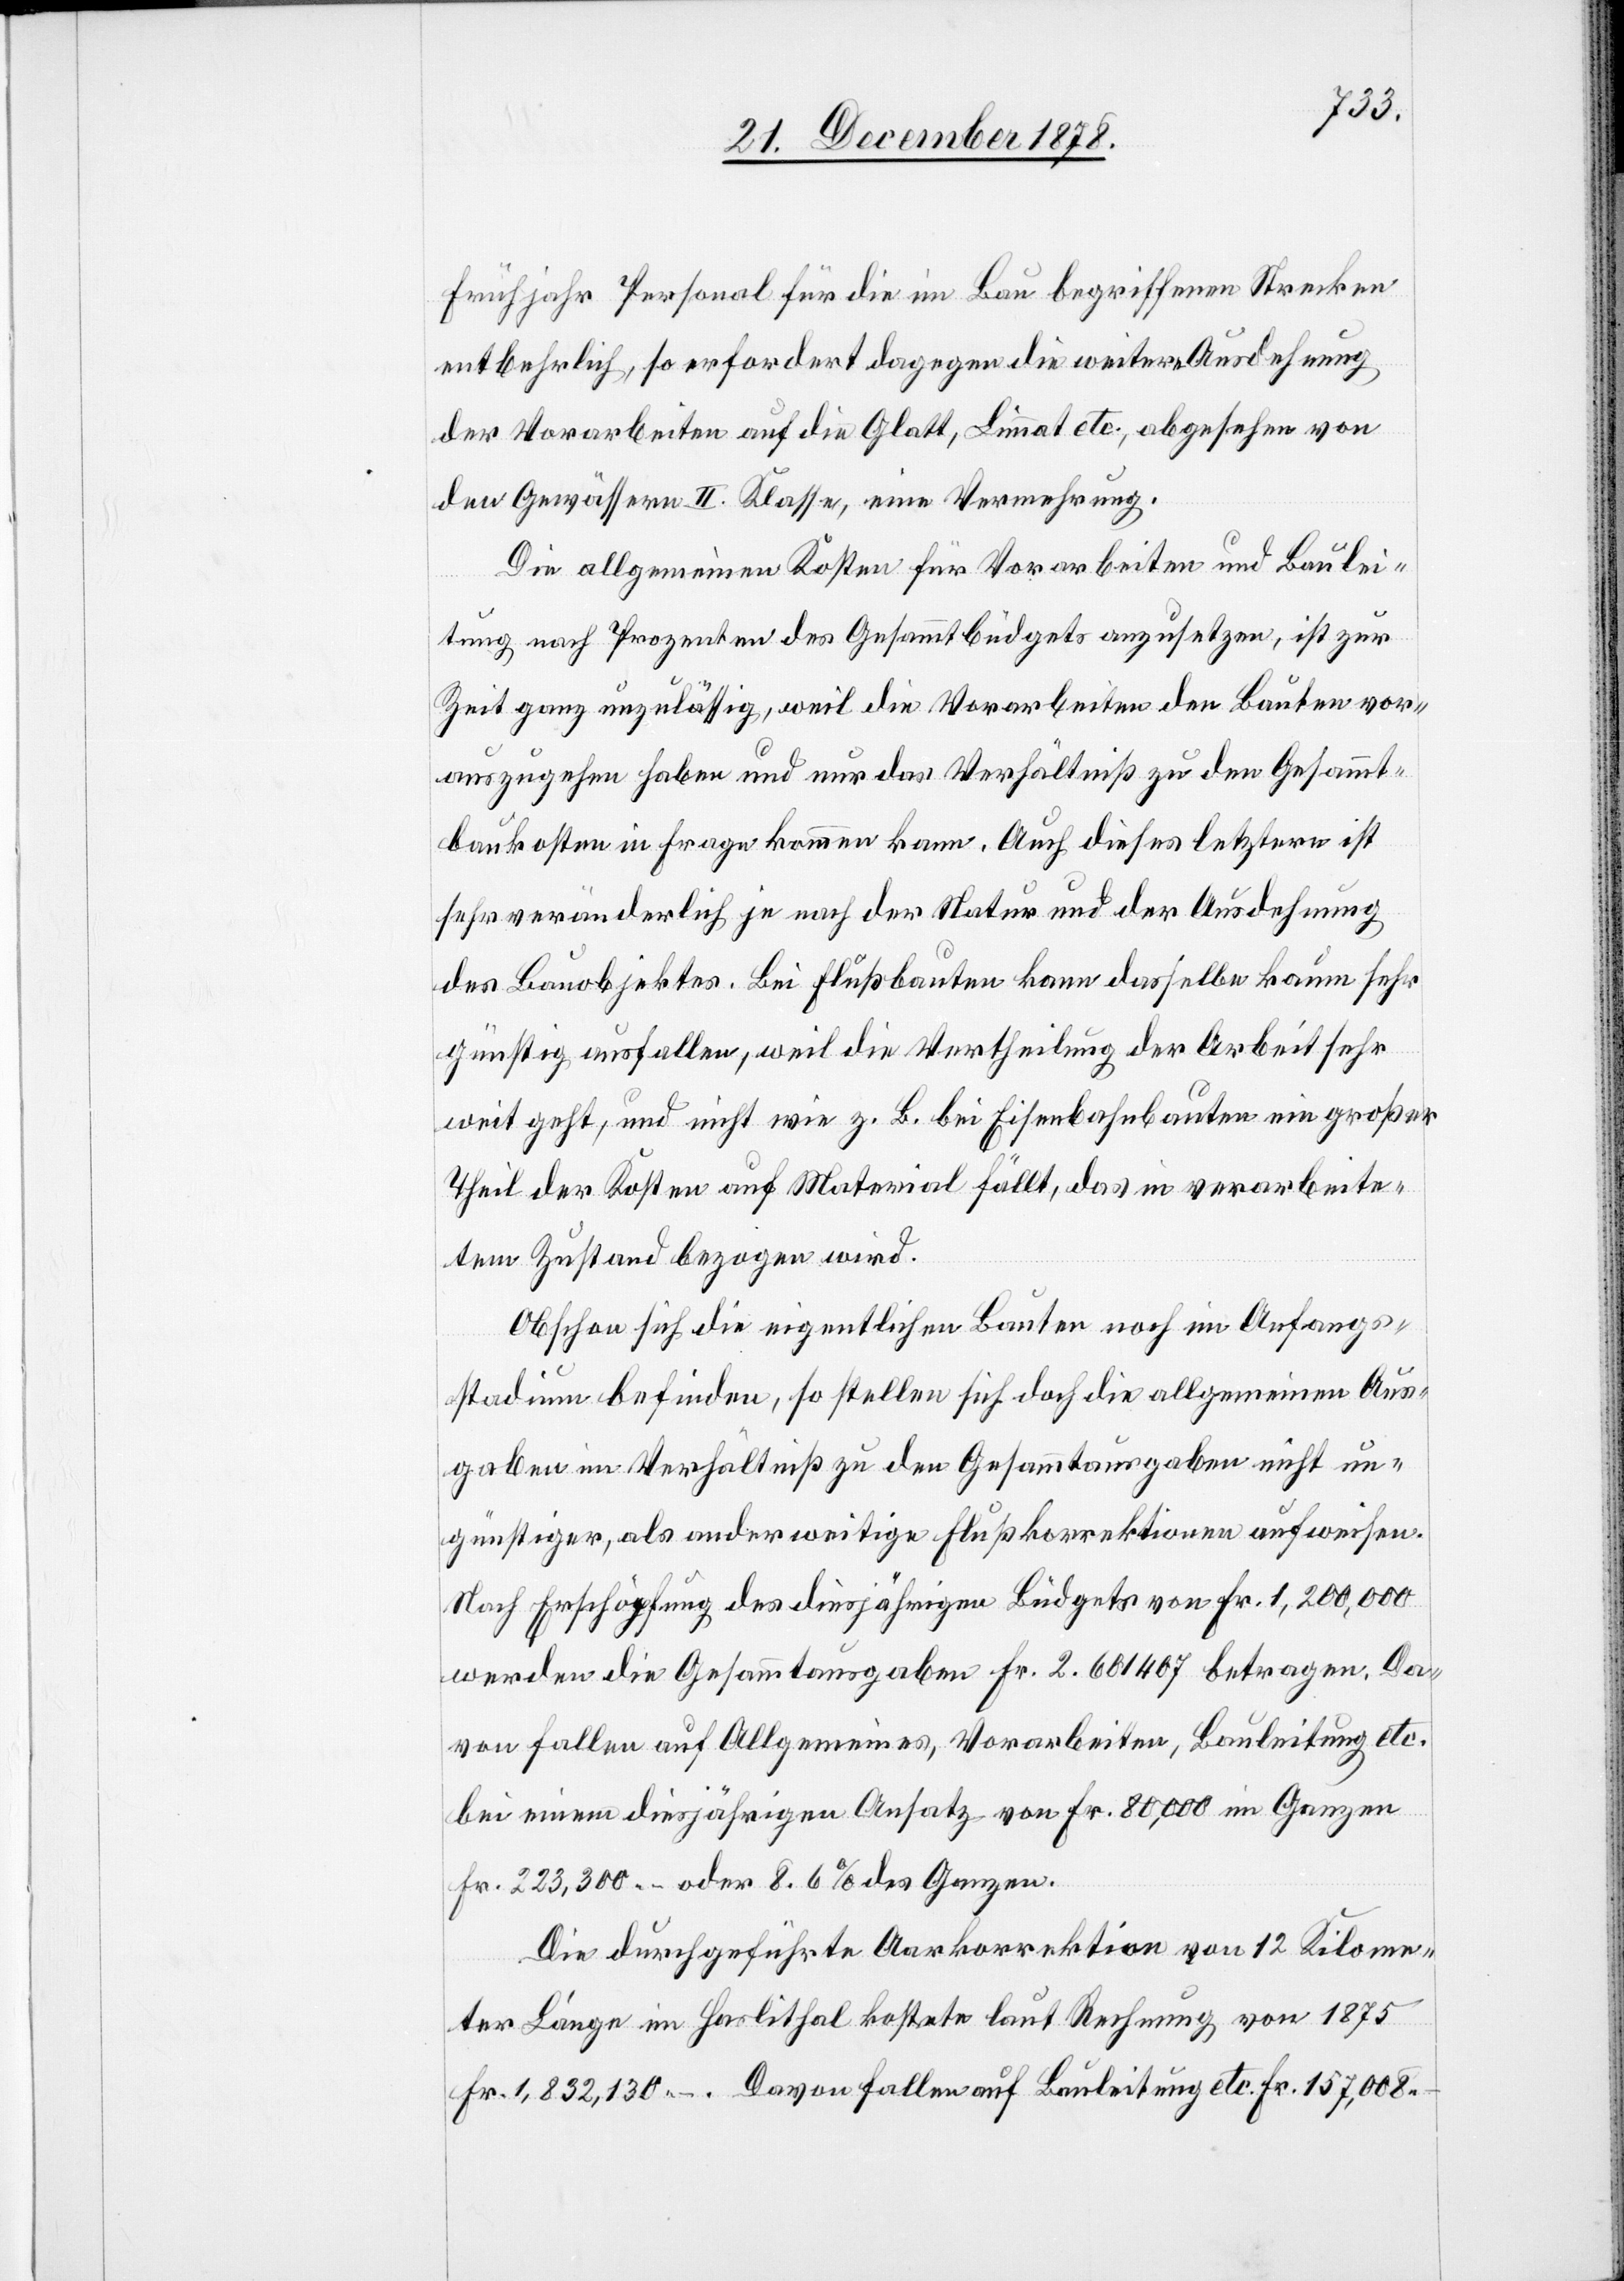
Frühjahr Personal für die im Bau begriffenen Strecken
entbehrlich, so erfordert dagegen die weitere Ausdehnung
der Vorarbeiten auf die Glatt, Limmat etc., abgesehen von
den Gewässern II. Klasse, eine Vermehrung.
Die allgemeinen Kosten für Vorarbeiten und Baulei¬
tung nach Prozenten des Gesammtbüdgets anzusetzen, ist zur
Zeit ganz unzulässig, weil die Vorarbeiten den Bauten vor¬
auszugehen haben und nur das Verhältniß zu den Gesammt¬
baukosten in Frage kommen kann. Auch dieses letztere ist
sehr veränderliche je nach der Natur und der Ausdehnung
des Bauobjektes. Bei Flußbauten kann dasselbe kaum sehr
günstig ausfallen, weil die Vertheilung der Arbeit sehr
weit geht, und nicht wie z. B. bei Eisenbahnbauten ein großer
Theil der Kosten auf Material fällt, das in verarbeite¬
tem Zustand bezogen wird.
Obschon sich die eigentlichen Bauten noch im Anfangs¬
stadium befinden, so stellen sich doch die allgemeinen Aus¬
gaben im Verhältniß zu den Gesammtausgaben nicht un¬
günstiger, als anderweitige Flußkorrektionen aufweisen.
Nach Erschöpfung des diesjährigen Büdgets von Fr. 1,200,000
werden die Gesammtausgaben Fr. 2,601407 betragen. Da¬
von fallen auf Allgemeines, Vorarbeiten, Bauleitung etc.
bei einem diesjährigen Ansatz von Fr. 80,000 im Ganzen
Fr. 223,300.– oder 8.6% des Ganzen.
Die durchgeführte Aarkorrektion von 12 Kilome¬
ter Länge im Haslithal kostete laut Rechnung von 1875
Fr. 1,832,130.–. Davon fallen auf Bauleitung etc. Fr. 157,008.–